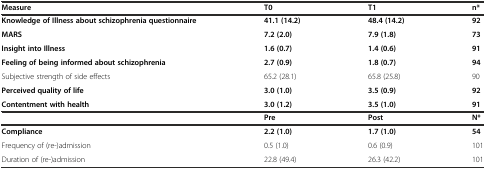
<table><thead><tr><td><b>Measure</b></td><td><b>T0</b></td><td><b>T1</b></td><td><b>n*</b></td></tr></thead><tbody><tr><td><b>Knowledge of Illness about schizophrenia questionnaire</b></td><td><b>41.1 (14.2)</b></td><td><b>48.4 (14.2)</b></td><td><b>92</b></td></tr><tr><td><b>MARS</b></td><td><b>7.2 (2.0)</b></td><td><b>7.9 (1.8)</b></td><td><b>73</b></td></tr><tr><td><b>Insight into Illness</b></td><td><b>1.6 (0.7)</b></td><td><b>1.4 (0.6)</b></td><td><b>91</b></td></tr><tr><td><b>Feeling of being informed about schizophrenia</b></td><td><b>2.7 (0.9)</b></td><td><b>1.8 (0.7)</b></td><td><b>94</b></td></tr><tr><td>Subjective strength of side effects</td><td>65.2 (28.1)</td><td>65.8 (25.8)</td><td>90</td></tr><tr><td><b>Perceived quality of life</b></td><td><b>3.0 (1.0)</b></td><td><b>3.5 (0.9)</b></td><td><b>92</b></td></tr><tr><td><b>Contentment with health</b></td><td><b>3.0 (1.2)</b></td><td><b>3.5 (1.0)</b></td><td><b>91</b></td></tr><tr><td></td><td><b>Pre</b></td><td><b>Post</b></td><td><b>N*</b></td></tr><tr><td><b>Compliance</b></td><td><b>2.2 (1.0)</b></td><td><b>1.7 (1.0)</b></td><td><b>54</b></td></tr><tr><td>Frequency of (re-)admission</td><td>0.5 (1.0)</td><td>0.6 (0.9)</td><td>101</td></tr><tr><td>Duration of (re-)admission</td><td>22.8 (49.4)</td><td>26.3 (42.2)</td><td>101</td></tr></tbody></table>